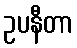
ဥပနီတာ